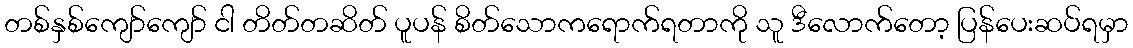
တစ်နှစ်ကျော်ကျော် ငါ တိတ်တဆိတ် ပူပန် စိတ်သောကရောက်ရတာကို သူ ဒီလောက်တော့ ပြန်ပေးဆပ်ရမှာ